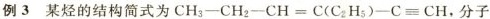
例3某烃的结构简式为$$C H _ { 3 } -C H _ { 2 } - C H = C ( C _ { 2 } H _ { 5 } ) - C ≡ C H$$，分子